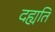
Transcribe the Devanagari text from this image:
दह्यति